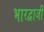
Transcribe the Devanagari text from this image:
भारद्वाजी